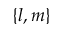
\{ l , m \}